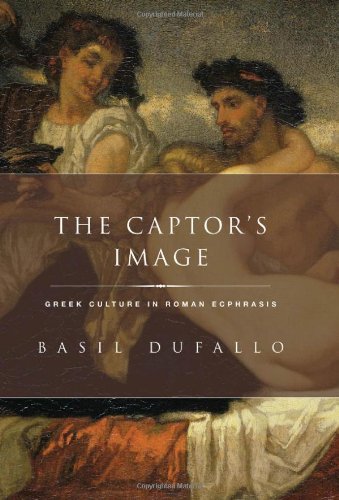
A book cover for The Captor's Image: Greek Culture in Roman Ecphrasis (Classical Culture and Society); Basil Dufallo; Literature & Fiction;